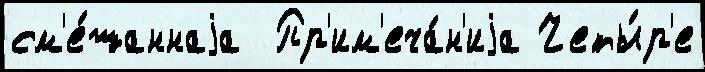
см'е́шаннаjа  Пр'им'еча́н'иjа Четы́р'е